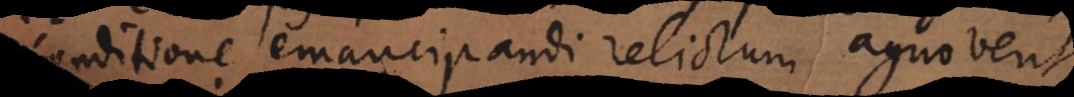
conditione emancipandi relictum agnoverit